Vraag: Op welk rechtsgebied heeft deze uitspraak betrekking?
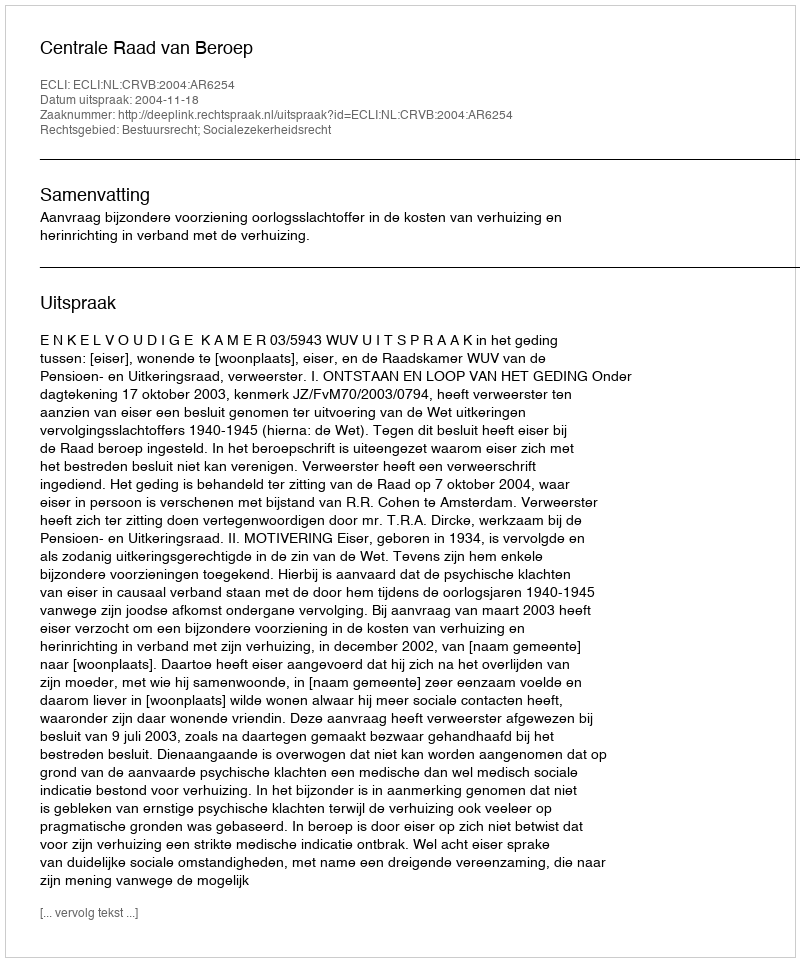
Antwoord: Bestuursrecht; Socialezekerheidsrecht